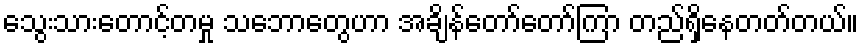
သွေးသားတောင့်တမှု သဘောတွေဟာ အချိန်တော်တော်ကြာ တည်ရှိနေတတ်တယ်။